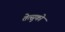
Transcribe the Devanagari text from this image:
तेत्सुको